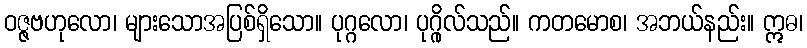
ဝဇ္ဇဗဟုလော၊ များသောအပြစ်ရှိသော။ ပုဂ္ဂလော၊ ပုဂ္ဂိုလ်သည်။ ကတမောစ၊ အဘယ်နည်း။ ဣဓ၊